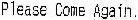
PLEASE COME AGAIN.